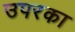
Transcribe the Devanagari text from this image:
उपरका